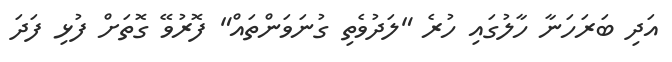
އަދި ބަރަހަނާ ހާލުގައި ހުރެ "ލަދުވެތި ގުނަވަންތައް" ފޮރުވޭ ގޮތަށް ފުޅި ފަދަ